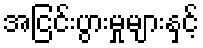
အငြင်းပွားမှုများနှင့်